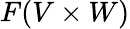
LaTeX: F(V\times W)